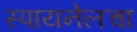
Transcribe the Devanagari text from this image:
स्पायनेलचा